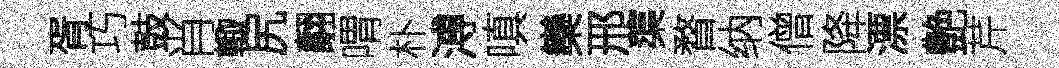
胥巧鼓肖輙尻翿喟朴溥嗔欒邢蕖瞀纳僧降漂艶芹